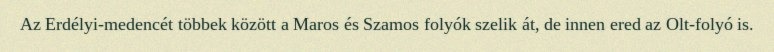
Az Erdélyi-medencét többek között a Maros és Szamos folyók szelik át, de innen ered az Olt-folyó is.